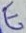
Text: E